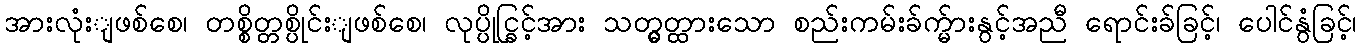
အားလုံးျဖစ်စေ၊ တစ္စိတ္တစ္ပိုင်းျဖစ်စေ၊ လုပ္ပိုင္ခြင့်အား သတ္မွတ္ထားသော စည်းကမ်းခ်က္မ်ားနွင့်အညီ ရောင်းခ်ခြင့်၊ ပေါင်နွံခြင့်၊